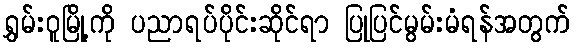
ရွှမ်းဝူမြို့ကို ပညာရပ်ပိုင်းဆိုင်ရာ ပြုပြင်မွမ်းမံရန်အတွက်